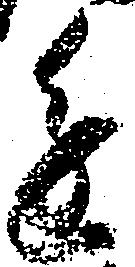
進